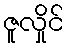
ဇူလှိုင်